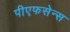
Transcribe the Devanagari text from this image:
पीएफसेन्स